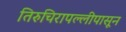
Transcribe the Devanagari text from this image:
तिरुचिरापल्लीपासून